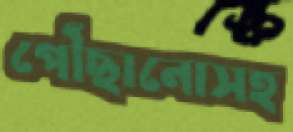
পৌঁছানোসহ